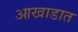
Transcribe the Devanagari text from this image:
आखाडात